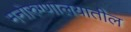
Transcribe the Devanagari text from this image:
मनोरुग्णालयातील